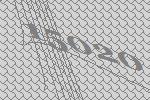
15020